Medical and sanitary report of the native army of Bengal for the year
Year: 1877
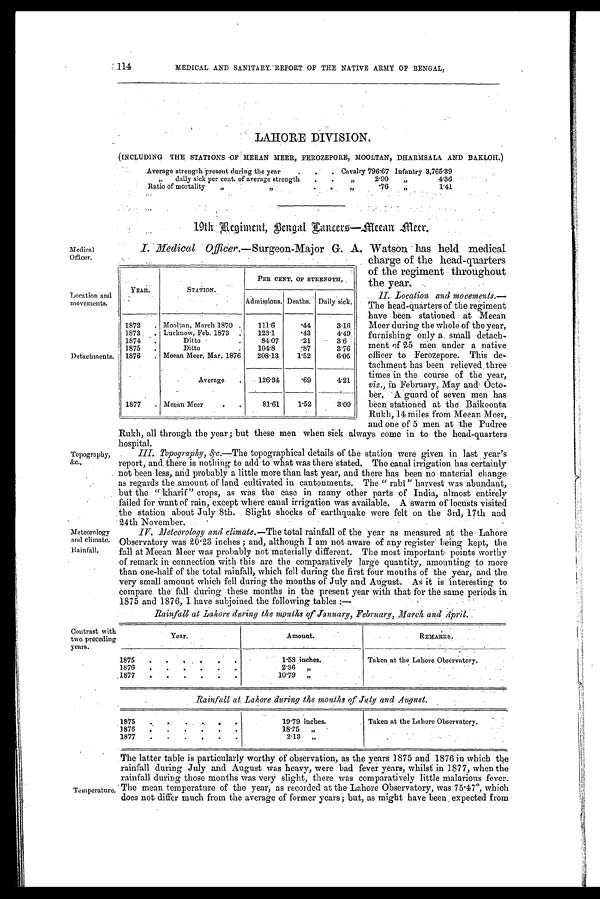
114
MEDICAL AND SANITARY REPORT OF THE NATIVE ARMY OP BENGAL,
LAHORE DIVISION.
(INCLUDING THE STATIONS OF MEEAN MEER, FEROZEPORE, MOOLTAN, DHARMSALA AND BAKLOH.)
Average strength present during the year
.
.
. Cavalry 796.67 Infantry 3,765.39
„
daily sick per cent. of average strength
.
.
”
2.90
”
4.36
Ratio of mortality
”
”
.
. ”
. 7 9
”
1.41
19th Regiment
, Bengal Lancers
—meean meer.
Medical
Officer.
Location and
movements.
Detachments.
Topography,
&c.,
Meteorology
and climate.
Rainfall.
I. Medical Officer.—Surgeon-Major G. A. Watson, has held medical
• c h a r g e o f t h e h e a d - q u a r t e r s
of the regiment throughout
the year.
II. Location and movements.—
The head-quarters of the regiment
have been stationed at Meean
Meer during the whole of the year,
furnishing only a small detach-
ment of 25 men under a native
officer to Ferozepore. This de-
tachment has been relieved three
times in the course of the year,
viz., February, May and Octo-
ber, A guard of seven men has
been stationed at the Baikoonta
Rukh, 14 miles from Meean Meer,
and one of 5 men at the Pudree
Rukh, all through the year; but these men when sick always come in to the head-quarters
hospital.
III. Topography,&c.—The topographical details of the station were given in last year's
report, and there is nothing to add to what was there stated. The Canal irrigation has certainly
not been less, and probably a little more than last year, and there has been no material change
as regards the amount of land cultivated in cantonments. The "rabi" harvest was abundant,
but the " kharif " crops, as was the case in many other parts of India, almost entirely
failed for want of rain, except where canal irrigation was available, A swarm of locusts visited
the station about July 8th. Slight shocks of earthquake were felt on the 3rd, 17th and
24th November.
IV. Meteorology and climate.—The total rainfall of the year as measured at the Lahore
Observat ory was 20. 23 i nches; and, al t hough I am not aware of any regi st er bei ng kept , t he
fall at Meean Meer was probably not materially different. The most important points worthy
of remark in connection with this are the comparatively large quantity, amounting to more
than one-half of the total rainfall, which fell during the first four months of the year, and the
very small amount which fell during the mouths of July and August. As it is interesting to
compare the fall during these months in the present year with that for the same periods in
1875 and 1876, I have subjoined the following tables :
—
Rainfall at Lahore daring the months of January, February,
and April.
YEAR.
STATION.
PER CENT. OF STRENGTH,
Admissions. Deaths. Daily sick.
1872
. Mooltan, March 1870 .
111.6
.44
3.16
1873
. Lucknow, Feb. 1873
123.1
.43
4.49
1874
.
Ditto
.
84.07
.21
3.6
1875
.
Ditto
.
104.8
.87
3.76
1876
. Meean Meer, Mar. 1876
208.13
1.52
6.05
Average
.
126.34
.69
4.21
1877
. Meean Meer
.
.
81.61
1.52
3.09
Contrast with
two preceding
years.
Year.
Amount.
REMARKS.
1875
.
.
.
.
.
.
1.58 inches.
Taken at the Lahore Observatory.
1876
.
.
.
..
.
.
2.36
”
1877
. .
.
.
. .
10.79 ,,
Rainfall at Lahore . during the months of July and August.
1875
.
.
.
.
.
19.79 inches.
Taken at the Lahore Observatory.
1876
.
.
.
.
.
.
18.75
,,
1877
.
.
•
.
•
•
2.13
„
Temperature.
The latter table is particularly worthy of observation, as the years 1875 and 1876 in which the
rainfall during July and August was heavy, were bad fever years, whilst in 1877, when the
rainfall during those months was very slight, there was comparatively little malarious fever.
The mean temperature of the year, as recorded at the Lahore Observatory, was 75.47°, which
does not differ much from the average of former years; but, as might have been expected from